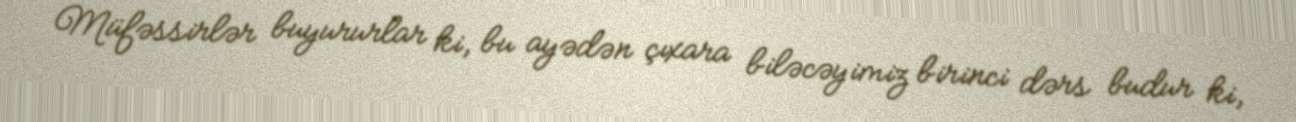
Müfəssirlər buyururlar ki, bu ayədən çıxara biləcəyimiz birinci dərs budur ki,